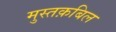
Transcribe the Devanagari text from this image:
मुस्तक़बिल